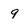
Character: 9